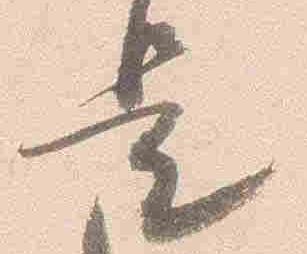
是